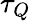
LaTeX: \tau_{Q}